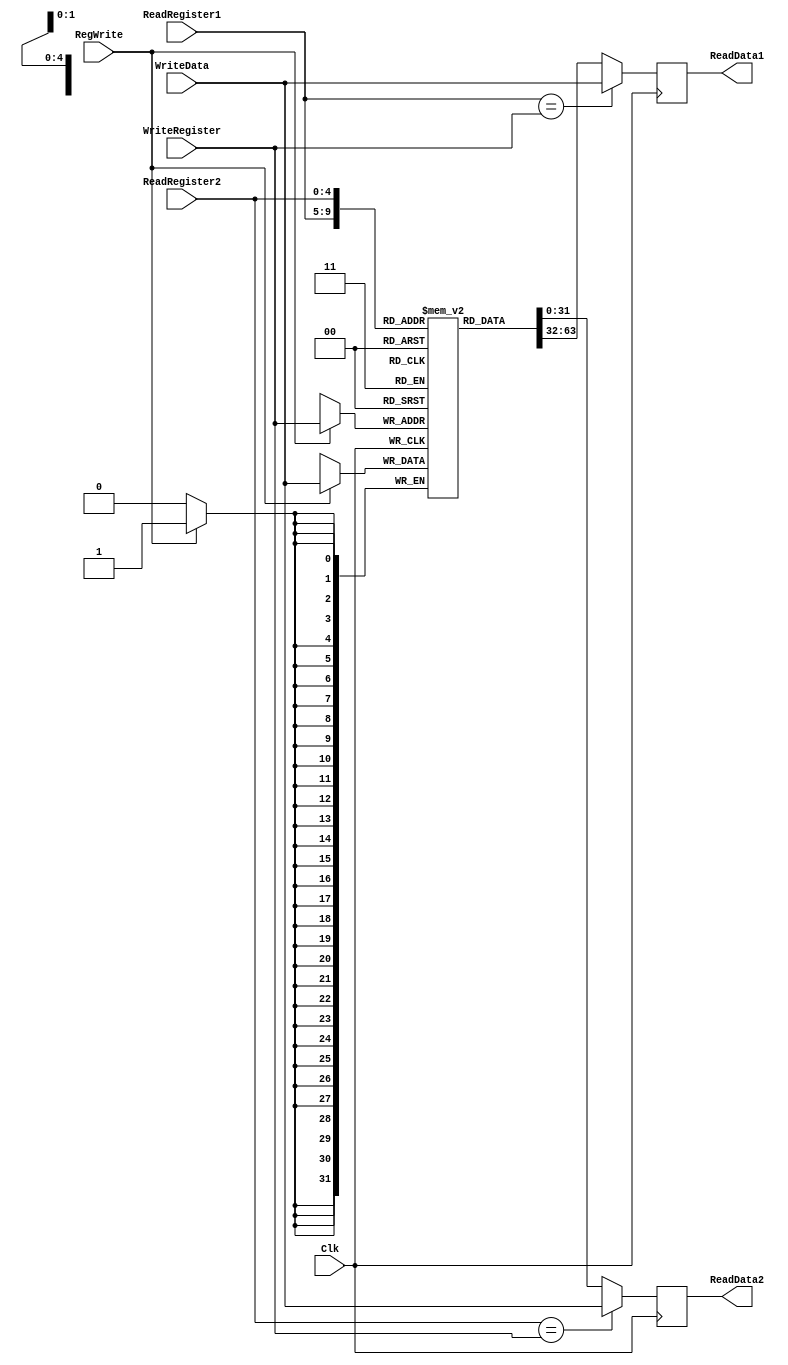
`timescale 1ns / 1ps

////////////////////////////////////////////////////////////////////////////////
// ECE369 - Computer Architecture
// 
//
//
//Team Members:  Sabrina Huaraque, John Irene Izere, Majed Almodhabri  
// % Effort    : Sabrina 33.33% , John 33.33%, Majed 33.33%
//
// Module - register_file.v
// Description - Implements a register file with 32 32-Bit wide registers.
//
// INPUTS:-
// ReadRegister1: 5-Bit address to select a register to be read through 32-Bit 
//                output port 'ReadRegister1'.
// ReadRegister2: 5-Bit address to select a register to be read through 32-Bit 
//                output port 'ReadRegister2'.
// WriteRegister: 5-Bit address to select a register to be written through 32-Bit
//                input port 'WriteRegister'.
// WriteData: 32-Bit write input port.
// RegWrite: 1-Bit control input signal.
//
// OUTPUTS:-
// ReadData1: 32-Bit registered output. 
// ReadData2: 32-Bit registered output. 
//
// FUNCTIONALITY:-
// 'ReadRegister1' and 'ReadRegister2' are two 5-bit addresses to read two 
// registers simultaneously. The two 32-bit data sets are available on ports 
// 'ReadData1' and 'ReadData2', respectively. 'ReadData1' and 'ReadData2' are 
// registered outputs (output of register file is written into these registers 
// at the falling edge of the clock). You can view it as if outputs of registers
// specified by ReadRegister1 and ReadRegister2 are written into output 
// registers ReadData1 and ReadData2 at the falling edge of the clock. 
//
// 'RegWrite' signal is high during the rising edge of the clock if the input 
// data is to be written into the register file. The contents of the register 
// specified by address 'WriteRegister' in the register file are modified at the 
// rising edge of the clock if 'RegWrite' signal is high. The D-flip flops in 
// the register file are positive-edge (rising-edge) triggered. (You have to use 
// this information to generate the write-clock properly.) 
//
// NOTE:-
// We will design the register file such that the contents of registers do not 
// change for a pre-specified time before the falling edge of the clock arrives 
// to allow for data multiplexing and setup time.
////////////////////////////////////////////////////////////////////////////////

module RegisterFile(Clk, RegWrite, WriteData, ReadRegister1, ReadRegister2, WriteRegister, ReadData1, ReadData2);

	/* Please fill in the implementation here... */
	
	input [4:0] ReadRegister1,ReadRegister2,WriteRegister;
    input [31:0] WriteData;
    input RegWrite,Clk;
    output reg [31:0] ReadData1,ReadData2;
    //reg [31:0] Registers = new reg[32];
    reg [31:0] Registers [0:31];
    
    initial begin
        Registers[0] <= 32'h00000000;
        Registers[8] <= 32'h00000000;
        Registers[9] <= 32'h00000000;
        Registers[10] <= 32'h00000000;
        Registers[11] <= 32'h00000000;
        Registers[12] <= 32'h00000000;
        Registers[13] <= 32'h00000000;
        Registers[14] <= 32'h00000000;
        Registers[15] <= 32'h00000000;
        Registers[16] <= 32'h00000000;
        Registers[17] <= 32'h00000000;
        Registers[18] <= 32'h00000000;
        Registers[19] <= 32'h00000000;
        Registers[20] <= 32'h00000000;        
        Registers[21] <= 32'h00000000;
        Registers[22] <= 32'h00000000;
        Registers[23] <= 32'h00000000;
        Registers[24] <= 32'h00000000;
        Registers[25] <= 32'h00000000;
        Registers[29] <= 32'd252; // this value should point to the top of data memory, dont forget byte addressing
        Registers[31] <= 32'b0;

    end

    always @(posedge Clk)begin
        if (RegWrite == 1)begin
            Registers[WriteRegister] <= WriteData;
        end
    end

    always @(negedge Clk)begin
        ReadData1 <= Registers[ReadRegister1];
        ReadData2 <= Registers[ReadRegister2];
        if (ReadRegister1 == WriteRegister) begin
            ReadData1 <= WriteData;
            //ReadData2 <= Registers[ReadRegister2];
        end
        if (ReadRegister2 == WriteRegister) begin
            ReadData2 <= WriteData;
            //ReadData1 <= Registers[ReadRegister1];
        end
                
    end
        
endmodule